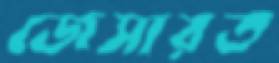
জেসারত